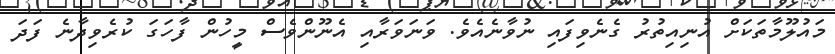
މައުލޫމާތަކަށް އުނިއިތުރު ގެނެވިފައި ނުވާނެއެވެ. ވަނަވަރާއި އެނޫންވެސް މީހުން ފާހަގަ ކުރެވިދާނެ ފަދަ